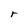
Character: r